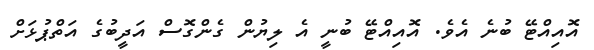
އޮއިއްޓޭ ބުނެ އެވެ. އޮއިއްޓޭ ބުނީ އެ ލިޔުން ގެންގޮސް އަދީބުގެ އަތްޕުޅަށް